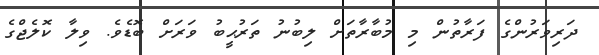
ދަރިވަރުންގެ ފަރާތުން މި މުބާރާތަށް ލިބުނު ތަރުޙީބު ވަރަށް ބޮޑެވެ. ވިލާ ކޮލެޖްގެ